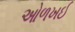
ઓળખઈ